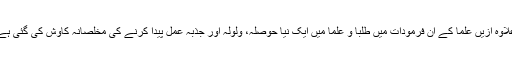
علاوہ ازیں علما کے ان فرمودات میں طلبا و علما میں ایک نیا حوصلہ، ولولہ اور جذبہ عمل پیدا کرنے کی مخلصانہ کاوش کی گئی ہے۔